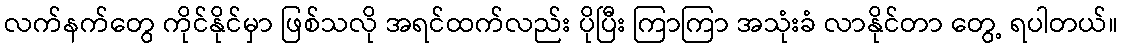
လက်နက်တွေ ကိုင်နိုင်မှာ ဖြစ်သလို အရင်ထက်လည်း ပိုပြီး ကြာကြာ အသုံးခံ လာနိုင်တာ တွေ့ ရပါတယ်။